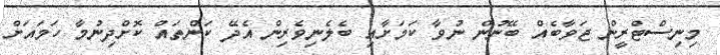
މިނިސްޓްރީން ޖަވާބެއް ބޭނުން ނުވާ ކަމަށާއި ބެލެނިވެރިން އެދޭ ކަންތައް ކޮށްދިނުމާ ހަމައަށް